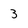
Character: 3